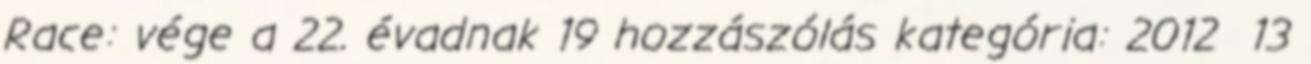
Race: vége a 22. évadnak 19 hozzászólás kategória: 2012 13